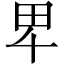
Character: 𤰞